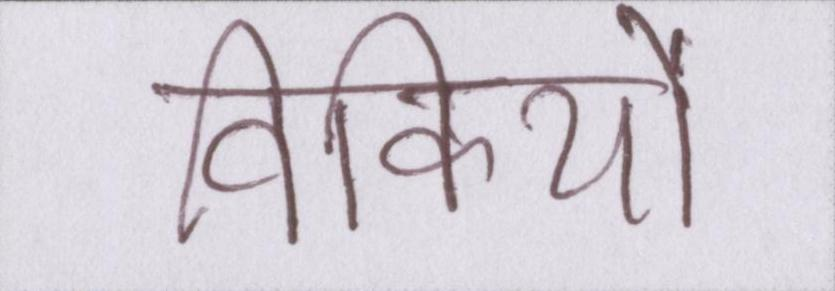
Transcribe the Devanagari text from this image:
विकियों